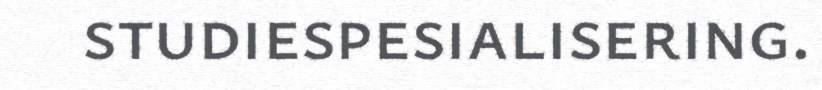
studiespesialisering.